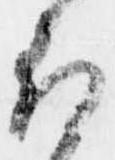
取